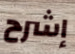
إشرح